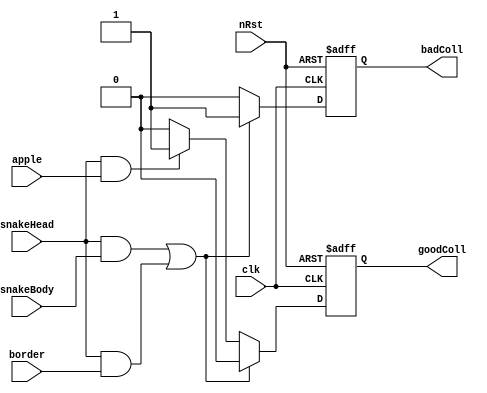
module t09_collision (
	clk,
	nRst,
	snakeHead,
	snakeBody,
	border,
	apple,
	goodColl,
	badColl
);
	reg _sv2v_0;
	input wire clk;
	input wire nRst;
	input wire snakeHead;
	input wire snakeBody;
	input wire border;
	input wire apple;
	output reg goodColl;
	output reg badColl;
	reg nextGoodColl;
	reg nextBadColl;
	always @(posedge clk or negedge nRst)
		if (nRst == 0) begin
			goodColl <= 0;
			badColl <= 0;
		end
		else begin
			goodColl <= nextGoodColl;
			badColl <= nextBadColl;
		end
	always @(*) begin
		if (_sv2v_0)
			;
		if ((snakeHead && snakeBody) || (snakeHead && border)) begin
			nextGoodColl = 0;
			nextBadColl = 1;
		end
		else if (snakeHead && apple) begin
			nextGoodColl = 1;
			nextBadColl = 0;
		end
		else begin
			nextGoodColl = 0;
			nextBadColl = 0;
		end
	end
	initial _sv2v_0 = 0;
endmodule